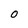
Character: 0